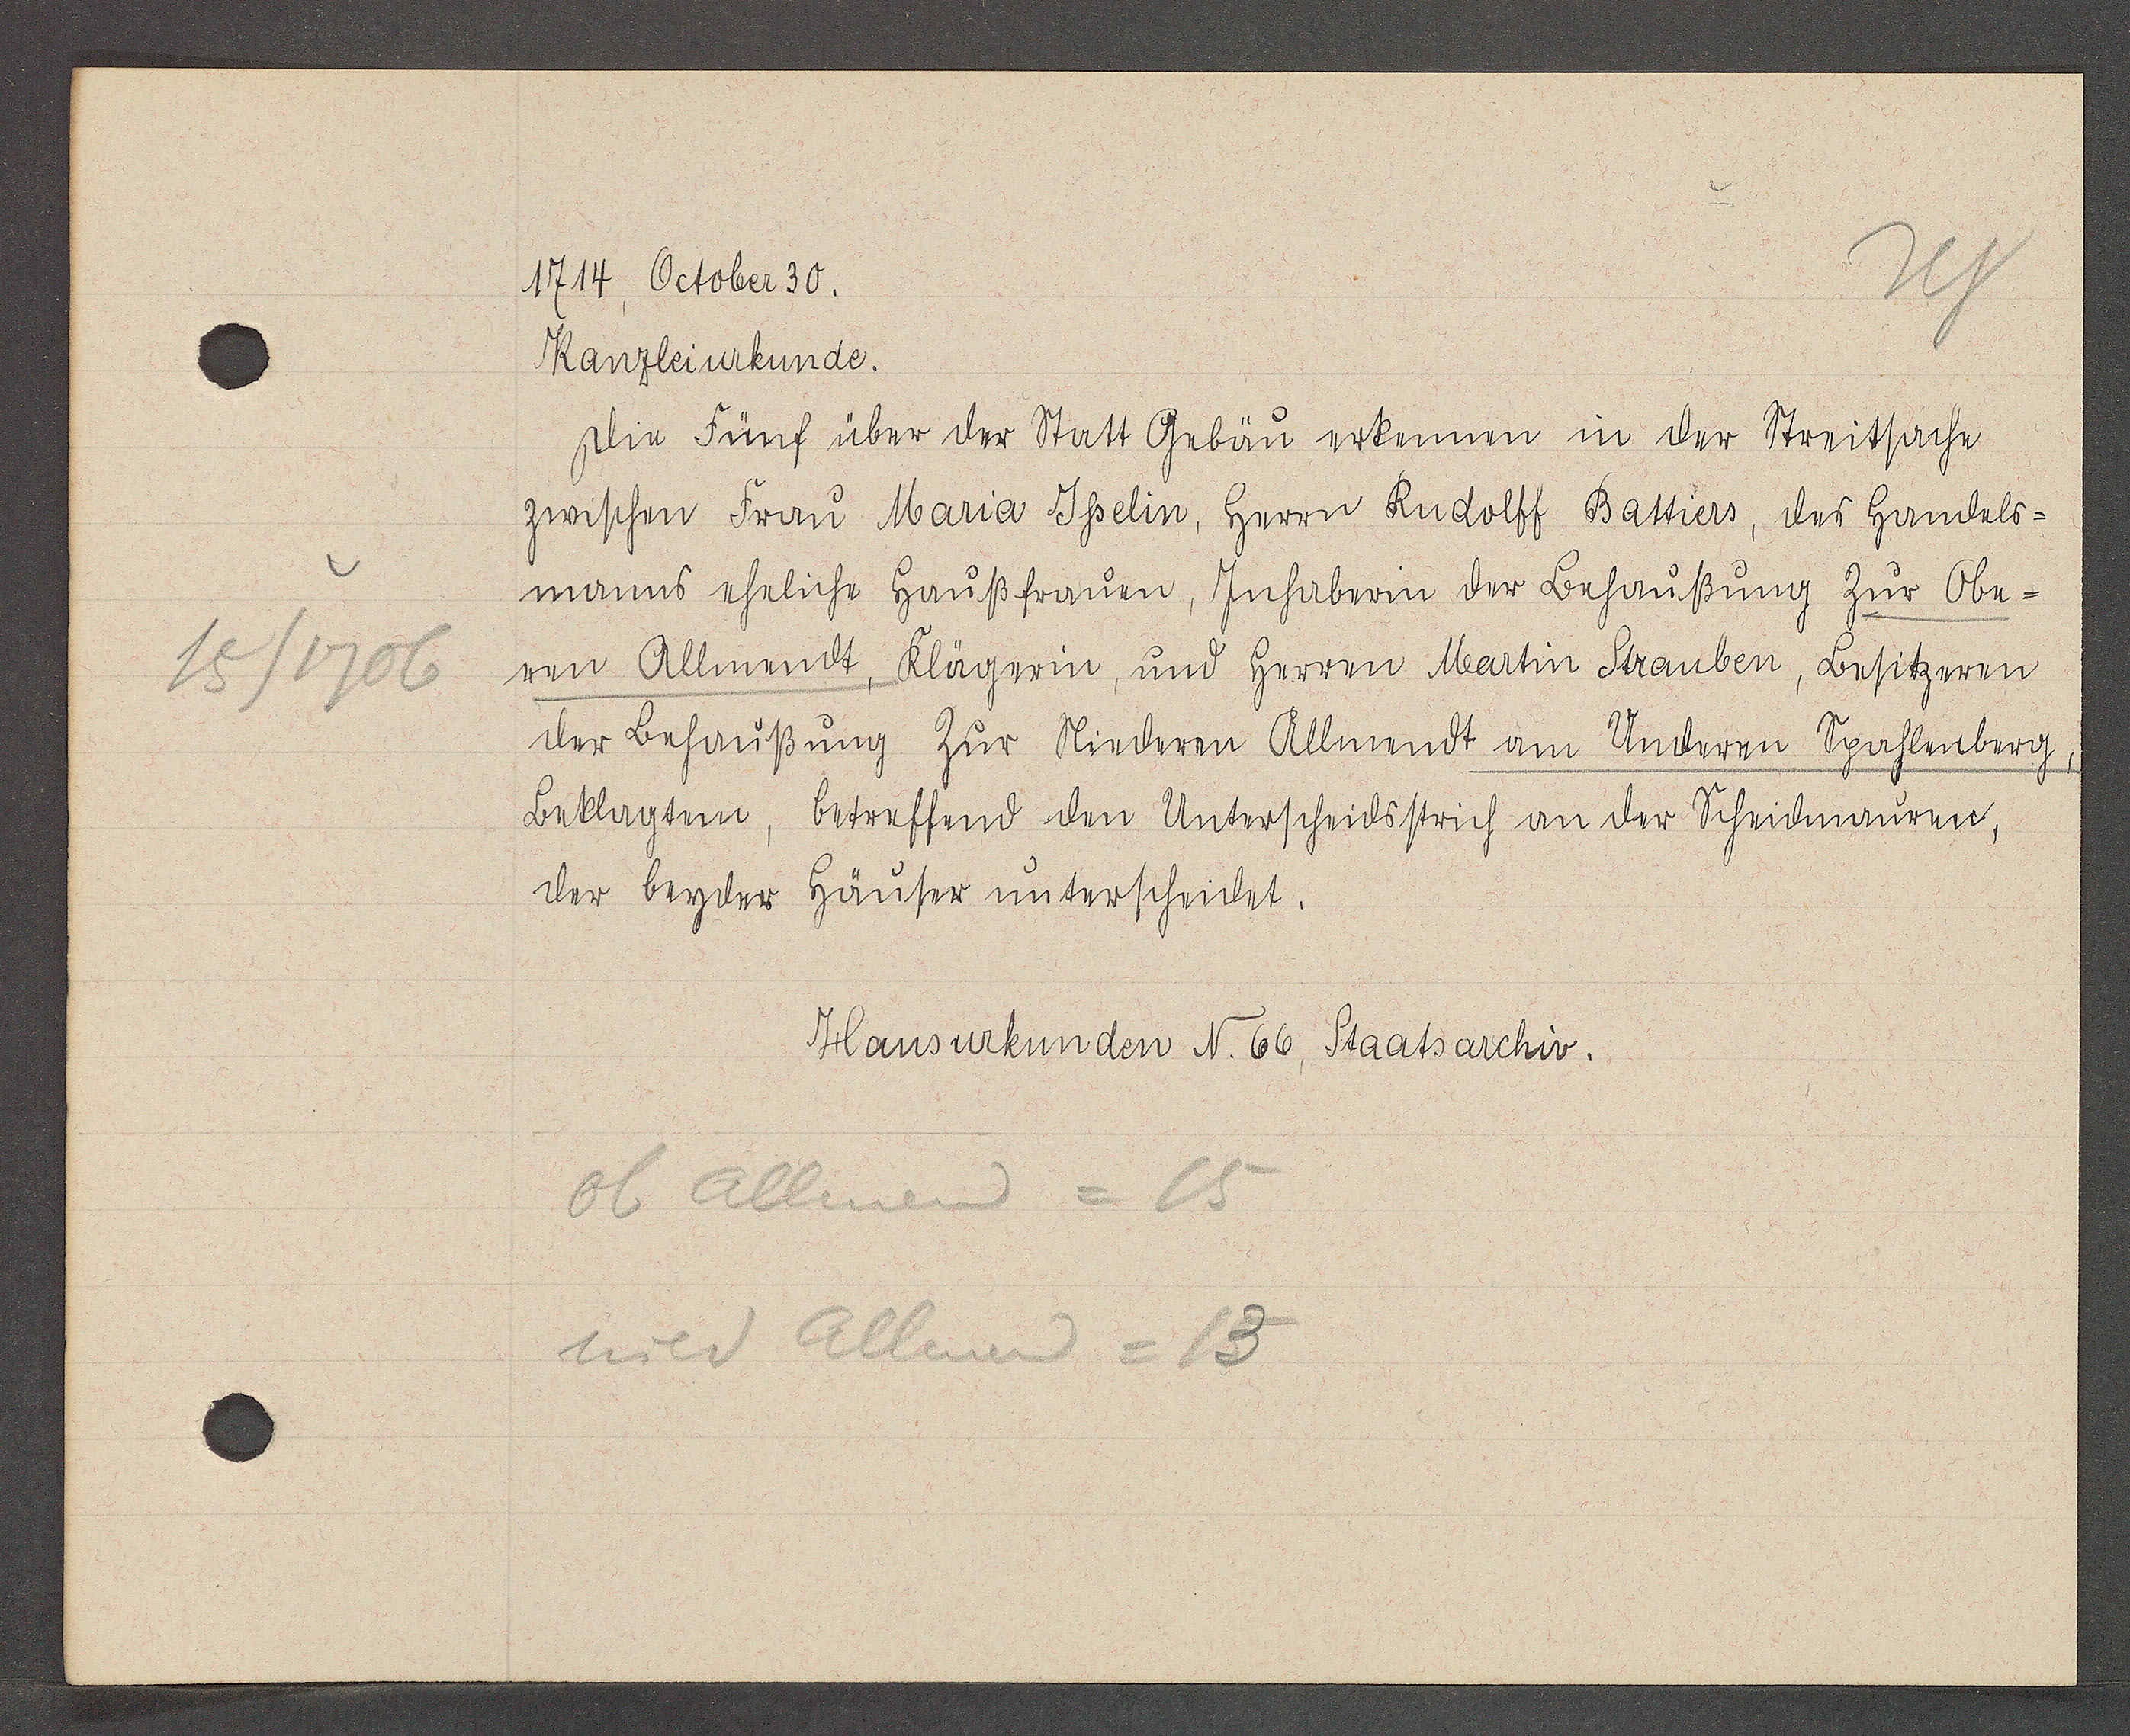
Transcript:
15/1706

1714, October 30.

Kanzleiurkunde.
Die Fünf über der Statt Gebäu erkennen in der Streitsache
zwischen Frau Maria Isselin, herrn Rudolff Battiers, des handals-
manns eheliche Haußfrauen, Jnhaberin der Behaußung Zur Obe¬
ren Allmendt, Klägerin, und herren Martin Strauben, Besitzeren
der Behausung Zur Niederen Allmendt am Underen Spahlenberg,
Beklagtem, betreffend den Unterscheidsstrich an der Scheidemauren,
der beyder häuser underscheidet.

Ob Allmend = 15
nied Allenen = 13

Hansurkunden N. 66, Staatsarchiv.